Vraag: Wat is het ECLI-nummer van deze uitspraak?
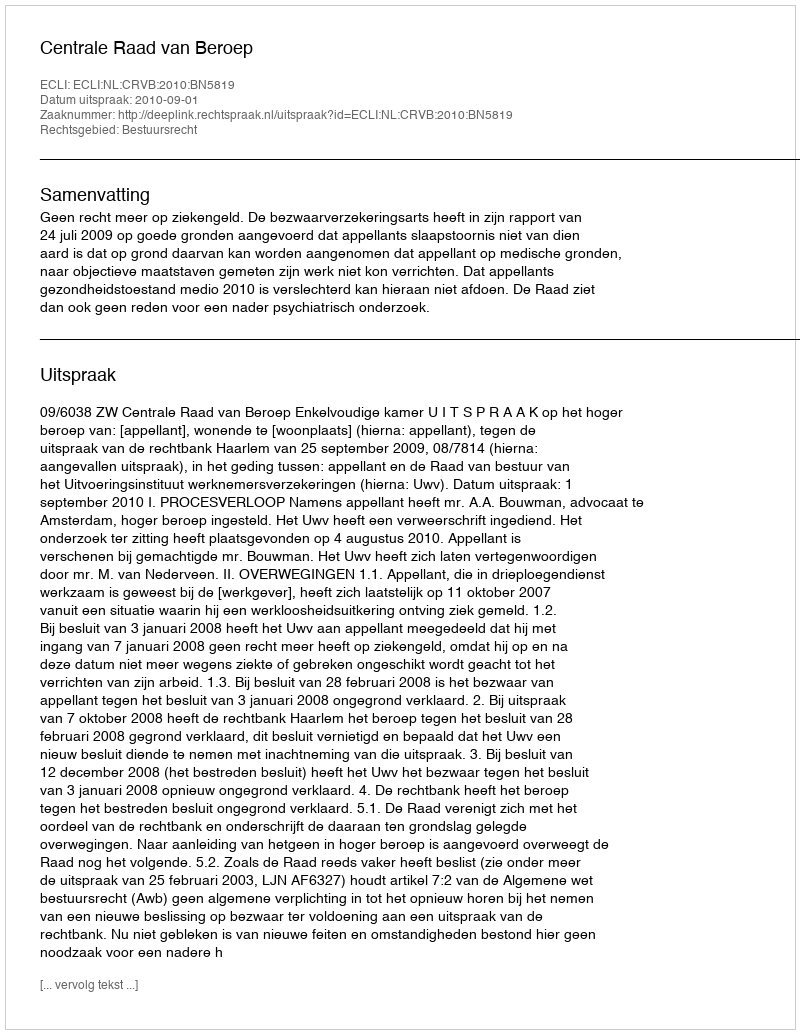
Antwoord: ECLI:NL:CRVB:2010:BN5819